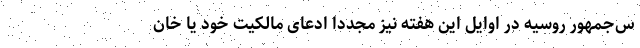
س‌جمهور روسیه در اوایل این هفته نیز مجددا ادعای مالکیت خود یا خان